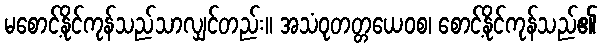
မစောင့်နိုင်ကုန်သည်သာလျှင်တည်း။ အသံဝုတတ္တယေဝစ၊ စောင့်နိုင်ကုန်သည်၏